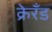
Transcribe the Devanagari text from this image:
क्रेरँड